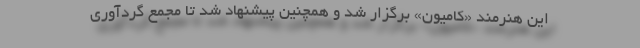
این هنرمند «کامیون» برگزار شد و همچنین پیشنهاد شد تا مجمع گردآوری